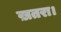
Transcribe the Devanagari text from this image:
ख़तरा।